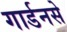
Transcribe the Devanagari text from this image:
गार्डनसे